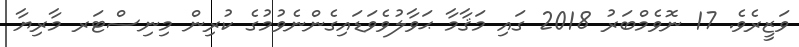
ވަޒީރެވެ. 17 ނޮވެމްބަރު 2018 ގައި މަޤާމާ ޙަވާލުވެވަޑައިގެންނެވުމުގެ ކުރިން މިނިސްޓަރ މާރިޔާ